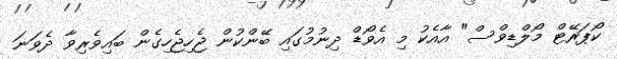
ކޯޕަރޭޓް މޯލްޑިވްސް" އާއެކު މި އެވޯޑް ދިނުމުގައި ބޭންކުން ޖެހިޖެހިގެން ބައިވެރިވާ ދެވަނަ